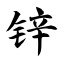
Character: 锌